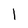
Character: l